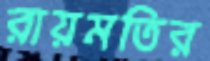
রায়মতির